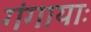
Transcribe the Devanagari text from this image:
गंगायाः